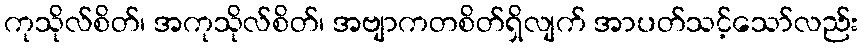
ကုသိုလ်စိတ်၊ အကုသိုလ်စိတ်၊ အဗျာကတစိတ်ရှိလျက် အာပတ်သင့်သော်လည်း